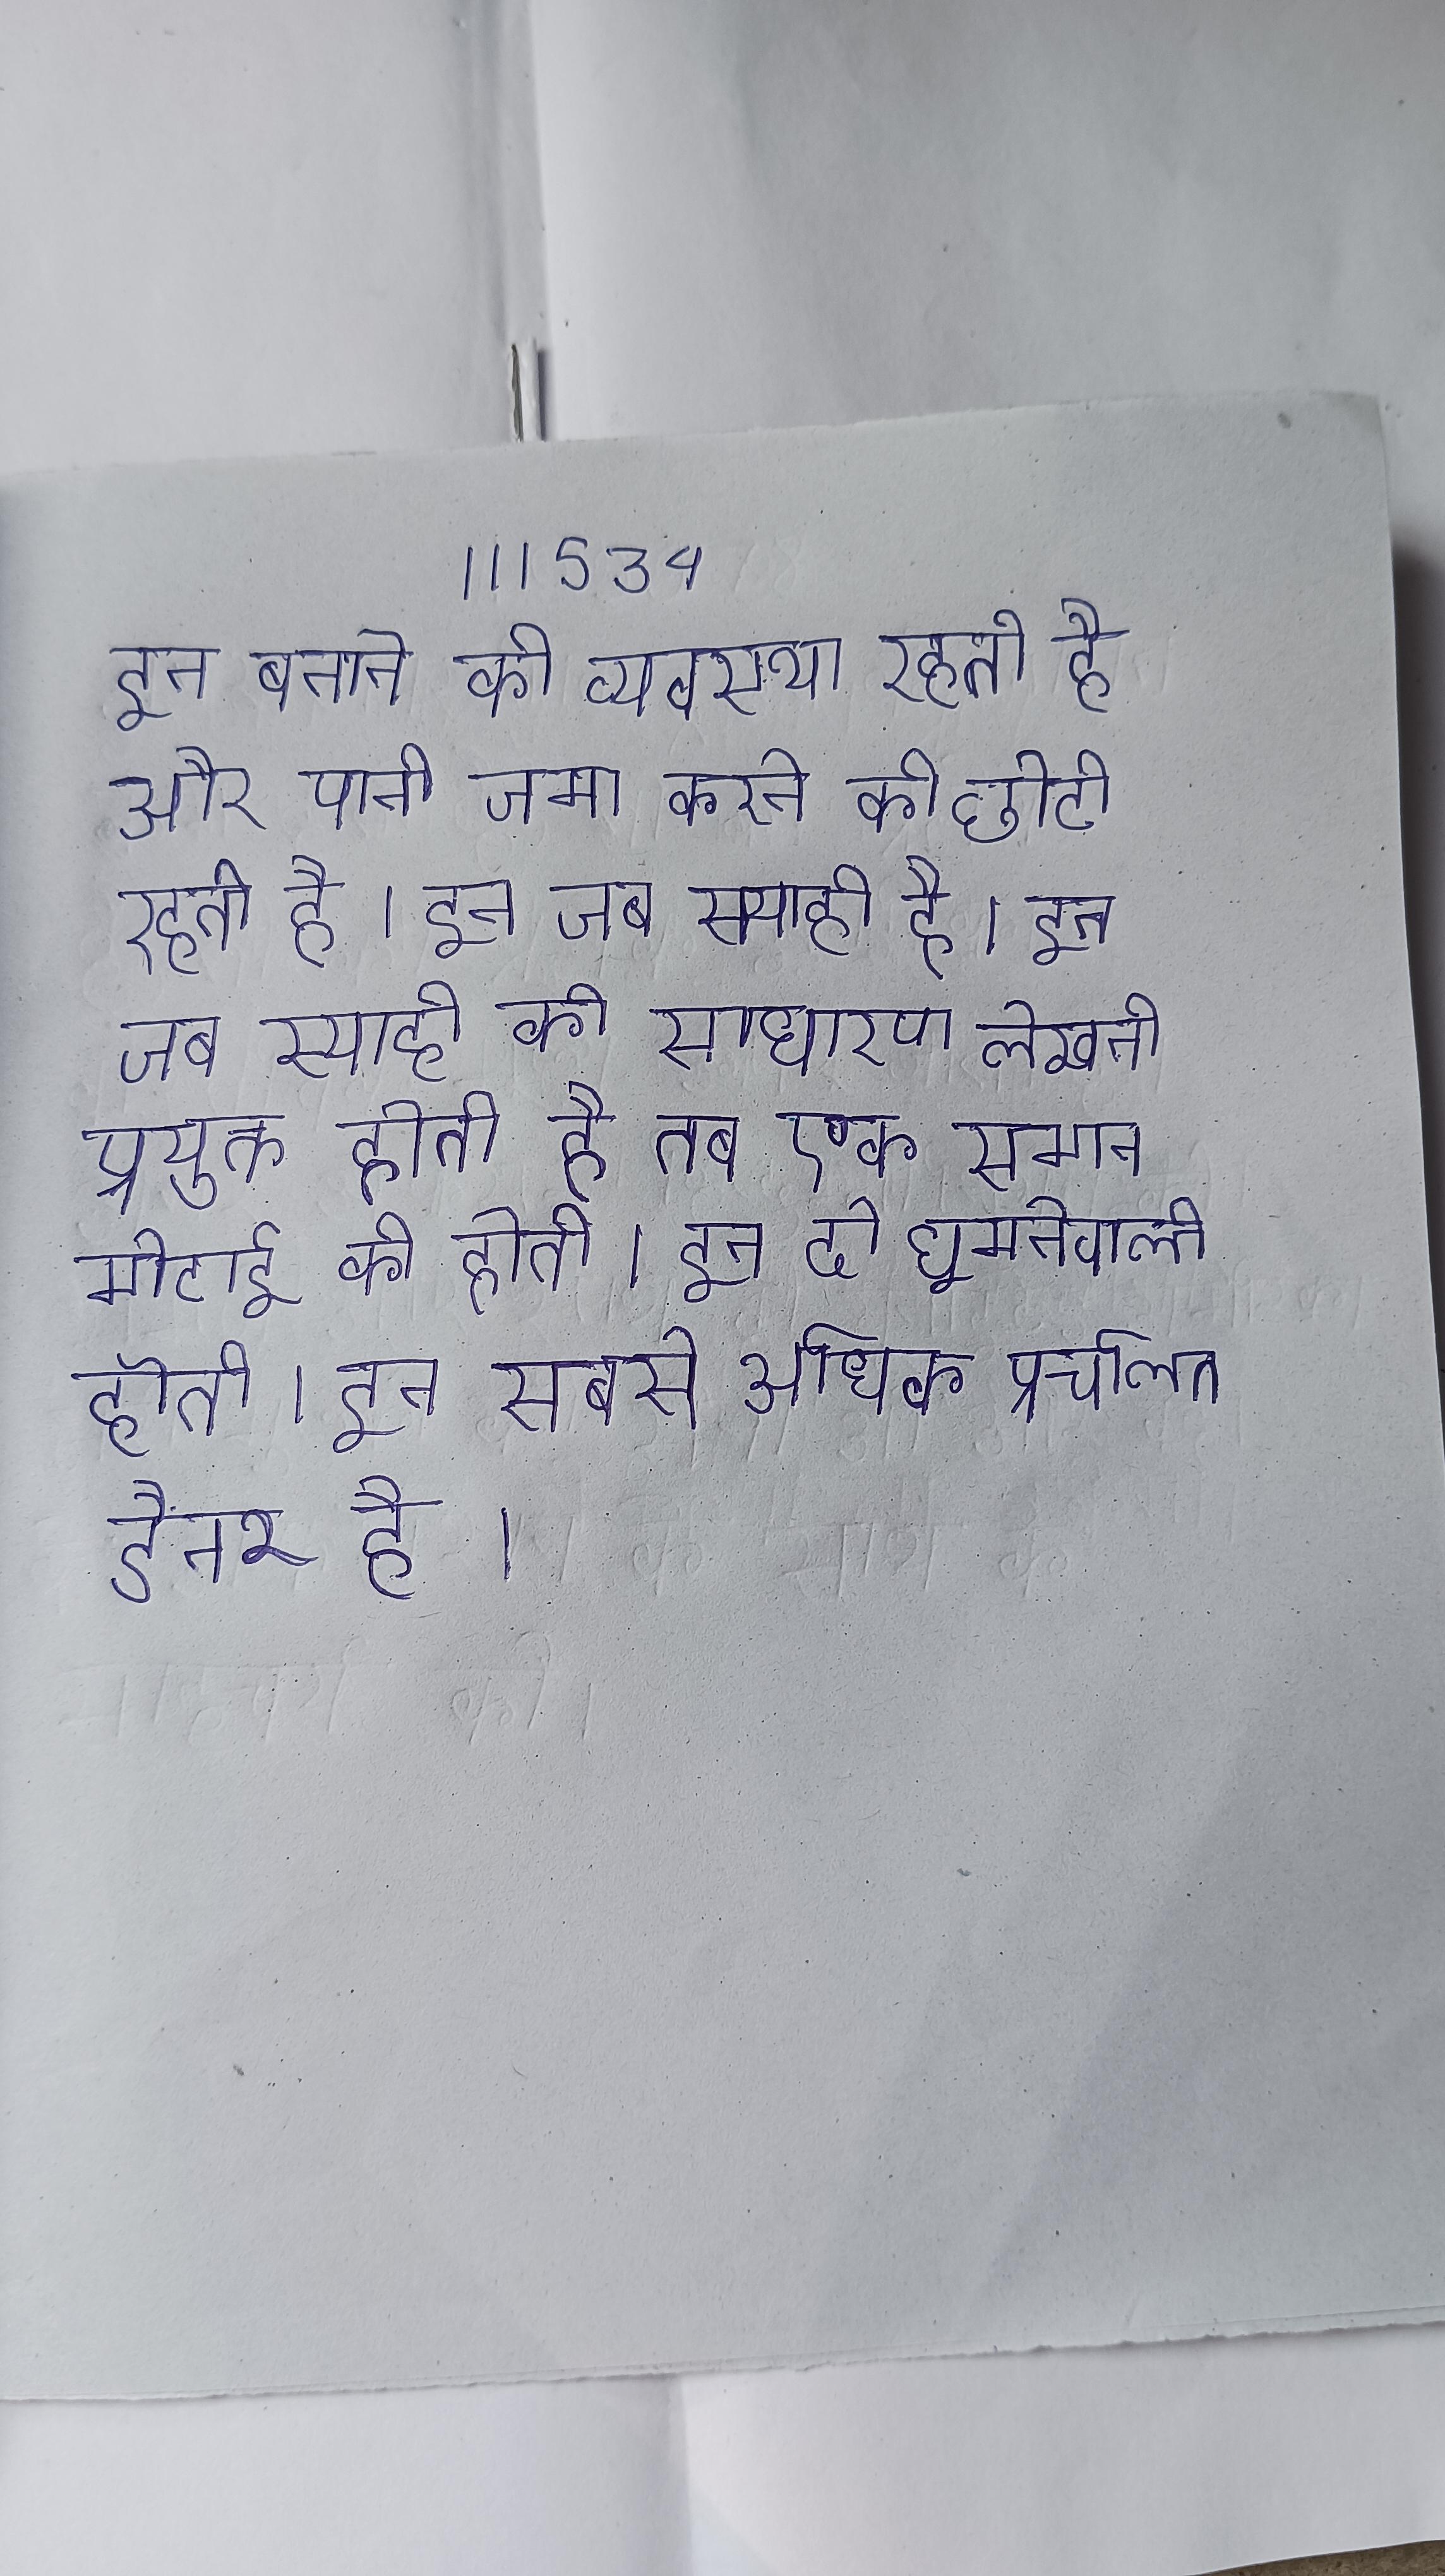
इन बनाने की व्यवस्था रहती है और पानी जमा करने की छोटी रहती है । इन जब स्याही की साधारण लेखनी प्रयुक्त होती है तब एक समान मोटाई की होती । इन दो घूमनेवाली होती । इन सबसे अधिक प्रचलित डैनर है ।